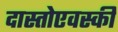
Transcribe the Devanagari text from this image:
दास्तोएवस्की